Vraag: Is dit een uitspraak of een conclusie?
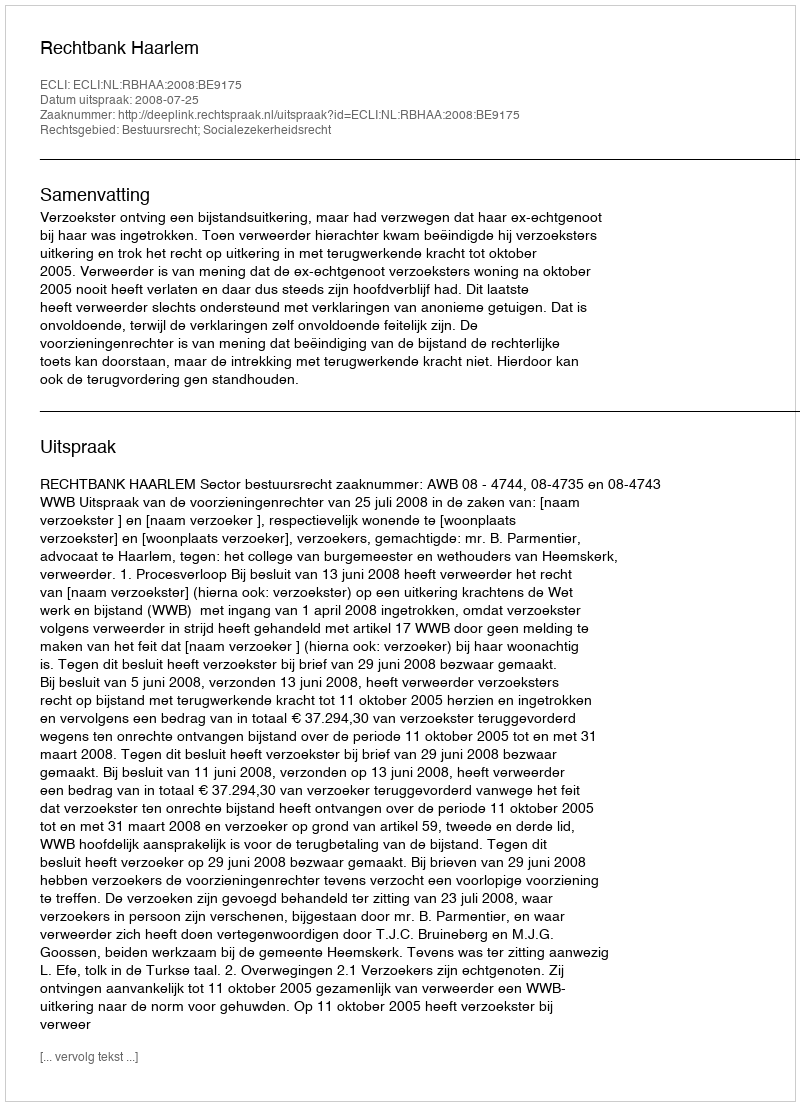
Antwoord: Uitspraak